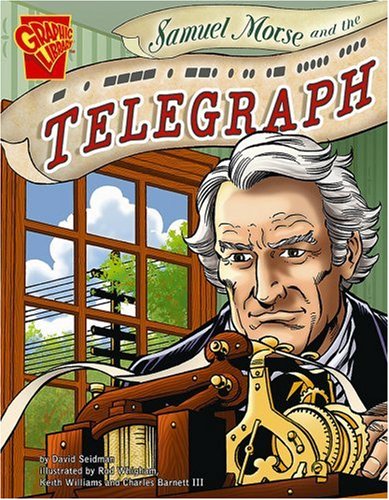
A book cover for Samuel Morse and the Telegraph (Inventions and Discovery); David Seidman; Children's Books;